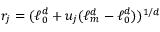
r _ { j } = ( \ell _ { 0 } ^ { d } + u _ { j } ( \ell _ { m } ^ { d } - \ell _ { 0 } ^ { d } ) ) ^ { 1 / d }